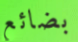
بضائع